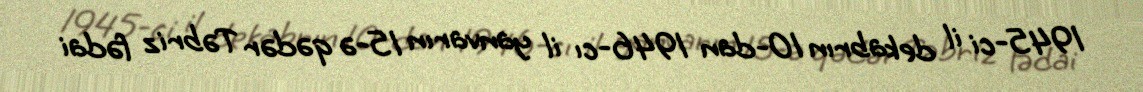
1945-ci il dekabrın 10-dan 1946-cı il yanvarın 15-ə qədər Təbriz fədai